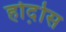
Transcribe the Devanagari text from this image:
होर्द़ोस